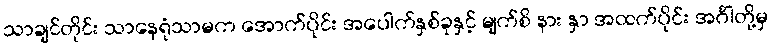
သာချင်တိုင်း သာနေရုံသာမက အောက်ပိုင်း အပေါက်နှစ်ခုနှင့် မျက်စိ နား နှာ အထက်ပိုင်း အင်္ဂါတို့မှ